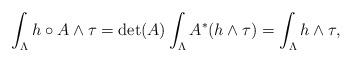
LaTeX: \begin{align*} \int_\Lambda h\circ A\wedge\tau=\det(A)\int_\Lambda A^*(h\wedge\tau)=\int_\Lambda h\wedge\tau, \end{align*}